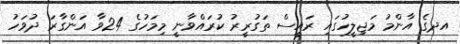
އދގެ އާންމު މަޖިލީހުގައި ރައީސް ތަގުރީރު ކުރައްވާނީ މިމަހުގެ 24ވާ އަންގާރަ ދުވަހު